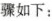
骤如下：